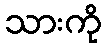
သားကို